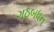
ગઠબધન